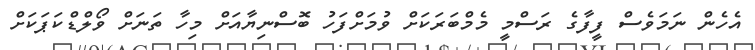
އެހެން ނަމަވެސް ފީފާގެ ރަސްމީ މެމްބަރަކަށް ވުމަށްފަހު ބޮސްނިޔާއަށް މިހާ ތަނަށް ވޯލްޑްކަޕަކަށް